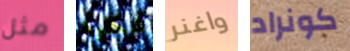
مثل شكلوا واغنر كونراد